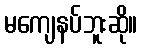
မကျေနပ်ဘူးဆို။